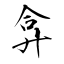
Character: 弇